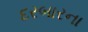
દરબારના